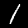
Digit: 1